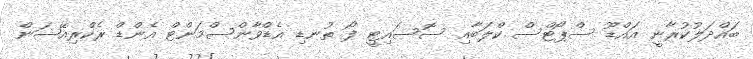
ބައްދަލުކުރާނީ އައްޑޫ ސްޕޯޓްސް ކްލަބާއި ސޮސައިޓީ ފޯ ތުނޑި އެޑްވާންސްމަންޓް އެންޑް ރެކްރިއޭޝަން